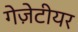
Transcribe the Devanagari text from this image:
गेज़ेटीयर